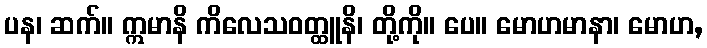
ပန၊ ဆက်။ ဣမာနိ ကိလေသဝတ္ထူနိ၊ တို့ကို။ ပေ။ မောဟမာနာ၊ မောဟ,